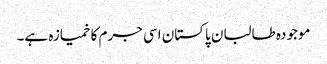
موجودہ طالبان پاکستان اسی جرم کا خمیازہ ہے۔